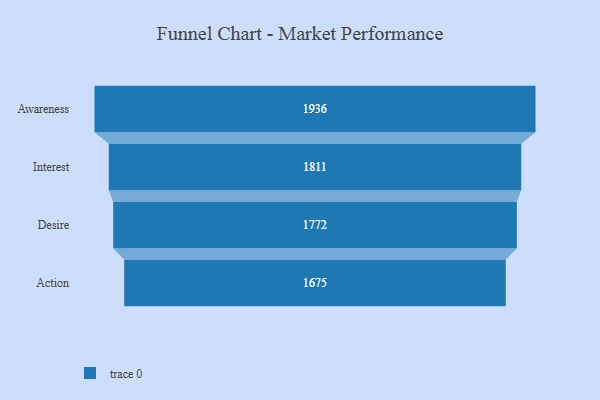
{"axis": {"x": "Stage", "y": "Value"}, "legend": [""], "data": [{"x": "Awareness", "y": 1936.0, "type": ""}, {"x": "Interest", "y": 1811.0, "type": ""}, {"x": "Desire", "y": 1772.0, "type": ""}, {"x": "Action", "y": 1675.0, "type": ""}]}